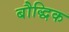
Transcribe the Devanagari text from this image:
बौद्धिक